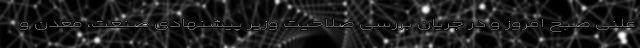
علنی صبح امروز و در جریان بررسی صلاحیت وزیر پیشنهادی صنعت، معدن و